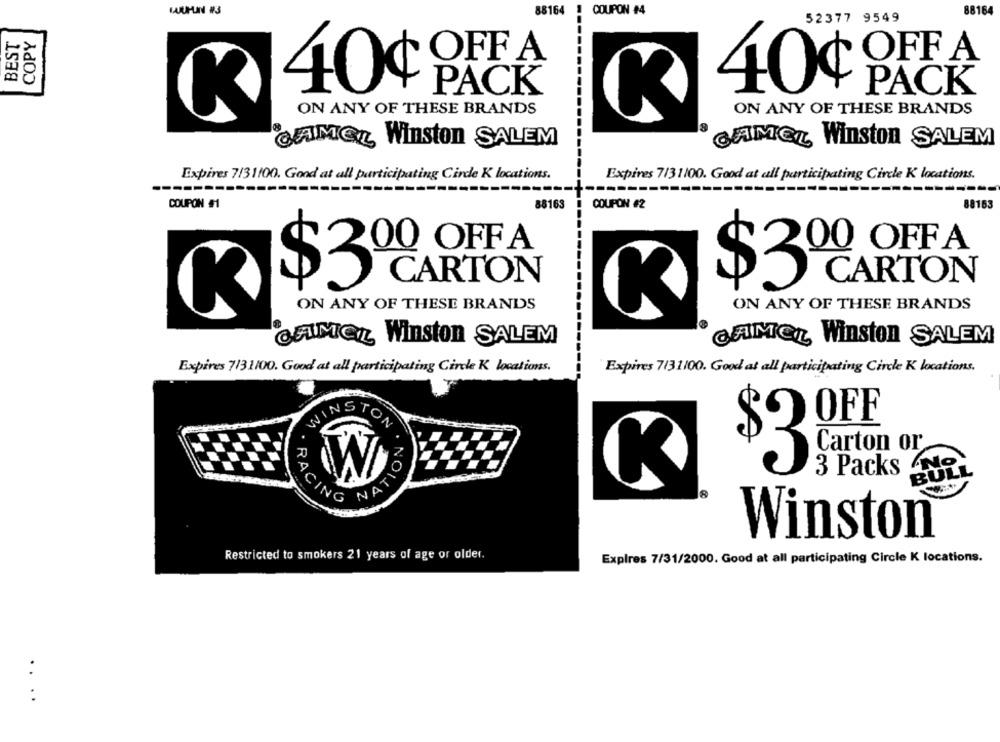
88164
COUPON #4
88164
52377 9549
BEST
COPY
OFF A
OFF A
40¢
PACK
40¢
PACK
K
ON ANY OF THESE BRANDS
ON ANY OF THESE BRANDS
CAMEL Winston SALEM
CAMEL Winston SALEM
Expires 7/31100. Good at all participating Cirde K locations.
Expires 7/31100. Good at all participating Circle K locations.
COUPON #1
88163
COUPON #2
88163
$300 OFF A
$300 OFF A
CARTON
CARTON
K
ON ANY OF THESE BRANDS
ON ANY OF THESE BRANDS
CAMEL Winston SALEM
CAMEL Winston SALEM
Expires 7131100. Good at all participating Circle K locations.
Expires 7/31100. Good at all participating Circle K locations.
OFF
WINSTON
Carton or
NATIO
3 Packs No
BULL
K
$3
18
RACING
Winston
Restricted to smokers 21 years of age or older.
Expires 7/31/2000. Good at all participating Circle K locations.
.. ..